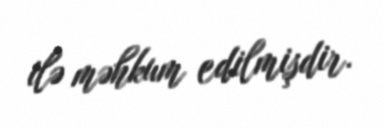
ilə məhkum edilmişdir.